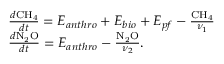
\begin{array} { r l } & { \frac { d \ensuremath { \mathrm { C H _ { 4 } } } } { d t } = E _ { a n t h r o } + E _ { b i o } + E _ { p f } - \frac { \ensuremath { \mathrm { C H _ { 4 } } } } { \nu _ { 1 } } } \\ & { \frac { d \ensuremath { \mathrm { N _ { 2 } O } } } { d t } = E _ { a n t h r o } - \frac { \ensuremath { \mathrm { N _ { 2 } O } } } { \nu _ { 2 } } . } \end{array}